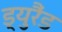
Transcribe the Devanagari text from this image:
ड्युरैंड